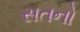
સતનો